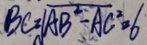
B C = \sqrt { A B ^ { 2 } - A C ^ { 2 } } = 6